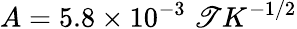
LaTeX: A=5.8\times10^{-3}\; \mathscr{T}K^{-1/2}